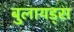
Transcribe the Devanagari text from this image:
बुलायड्स